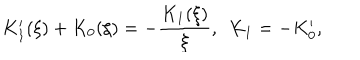
LaTeX: K _ { 1 } ^ { \prime } ( \xi ) + K _ { 0 } ( \xi ) = - \frac { K _ { 1 } ( \xi ) } { \xi } , \ \ K _ { 1 } = - K _ { 0 } ^ { \prime } ,